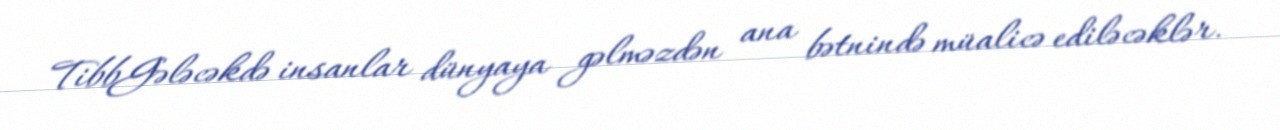
TibbGələcəkdə insanlar dünyaya gəlməzdən ana bətnində müalicə ediləcəklər.